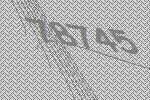
78745